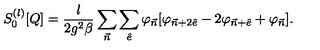
S _ { 0 } ^ { ( l ) } [ Q ] = { \frac { l } { 2 g ^ { 2 } \beta } } \sum _ { { \vec { n } } } \sum _ { { \hat { e } } } \varphi _ { { \vec { n } } } [ \varphi _ { { \vec { n } } + 2 { \hat { e } } } - 2 \varphi _ { { \vec { n } } + { \hat { e } } } + \varphi _ { \vec { n } } ] .